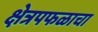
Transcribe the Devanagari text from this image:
क्षेत्रपफळाचा